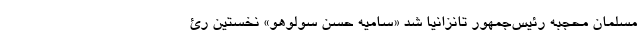
مسلمان محجبه‌ رئیس‌جمهور تانزانیا شد «سامیه حسن سولوهو» نخستین رئ